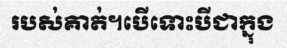
របស់គាត់។បើទោះបីជាក្នុង